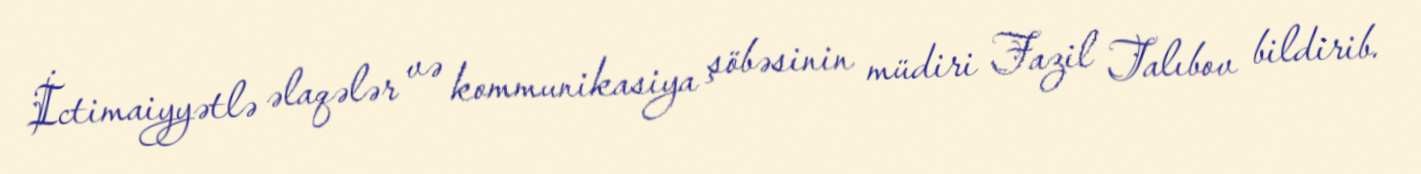
İctimaiyyətlə əlaqələr və kommunikasiya şöbəsinin müdiri Fazil Talıbov bildirib.